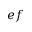
e f